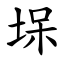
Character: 㙅